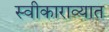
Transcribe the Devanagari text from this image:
स्वीकाराव्यात